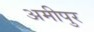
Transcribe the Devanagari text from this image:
अमीपुर